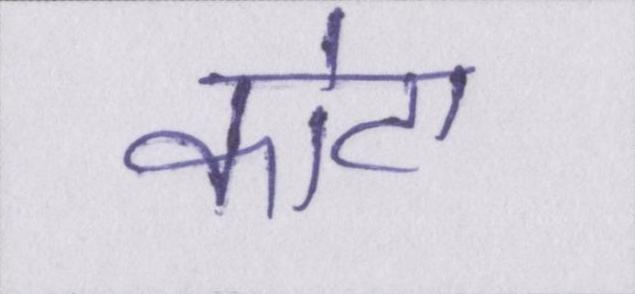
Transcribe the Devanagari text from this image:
कोटा